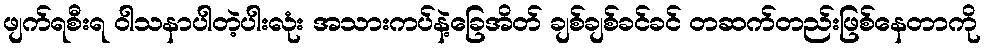
ဖျက်ရစီးရ ဝါသနာပါတဲ့ပါးလုံး အသားကပ်နဲ့ခြေအိတ် ချစ်ချစ်ခင်ခင် တဆက်တည်းဖြစ်နေတာကို